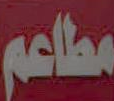
مطاعم